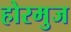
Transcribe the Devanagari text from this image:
होरमुज